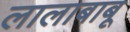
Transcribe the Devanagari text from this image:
लालाबाबू